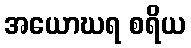
အယောဃရ စရိယ